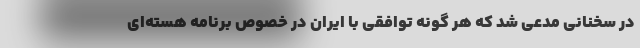
در سخنانی مدعی شد که هر گونه توافقی با ایران در خصوص برنامه هسته‌ای